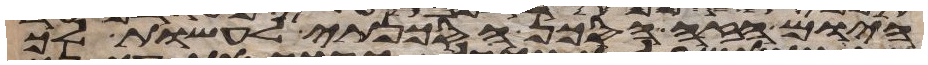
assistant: היום הזה הסכן הסכנתי לעשות לך